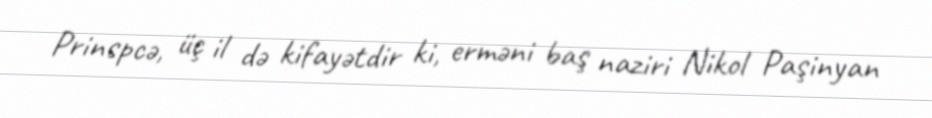
Prinspcə, üç il də kifayətdir ki, erməni baş naziri Nikol Paşinyan